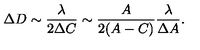
\Delta D \sim \frac { \lambda } { 2 \Delta C } \sim \frac { A } { 2 ( A - C ) } \frac { \lambda } { \Delta A } .